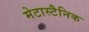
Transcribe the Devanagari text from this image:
मेटास्टैनिक